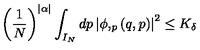
\left( \frac 1 N \right) ^ { | \alpha | } \int _ { I _ { N } } d p \left| \phi , _ { p } \left( q , p \right) \right| ^ { 2 } \leq K _ { \delta }